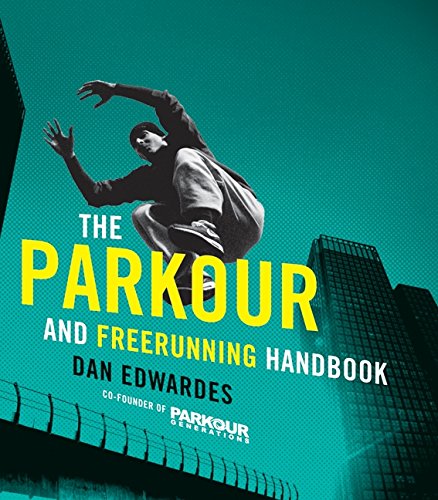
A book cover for The Parkour and Freerunning Handbook; Dan Edwardes; Health, Fitness & Dieting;